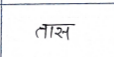
मजकूर: तास